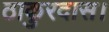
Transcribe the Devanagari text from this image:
ठाकुरदास।